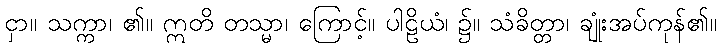
ငှာ။ သက္ကာ၊ ၏။ ဣတိ တသ္မာ၊ ကြောင့်။ ပါဠိယံ၊ ၌။ သံခိတ္တာ၊ ချုံးအပ်ကုန်၏။